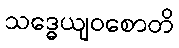
သဒ္ဓေယျဝစောတိ